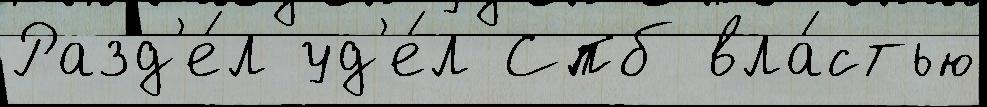
Разд'е́л уд'е́л Спб вла́стью